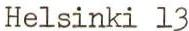
Helsinki 13